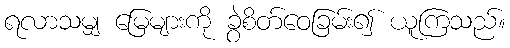
ရလာသမျှ မြေများကို ခွဲစိတ်ဝေခြမ်း၍ ယူကြသည်။